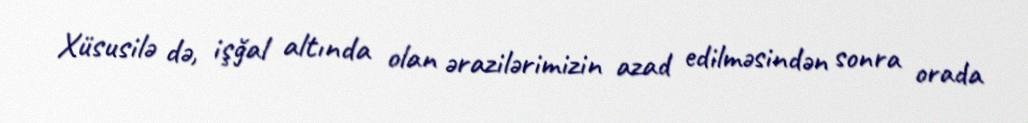
Xüsusilə də, işğal altında olan ərazilərimizin azad edilməsindən sonra orada